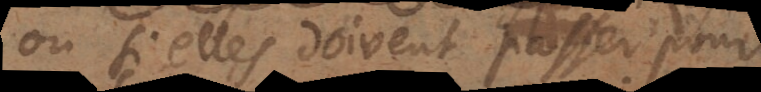
non si elles doivent passer pour